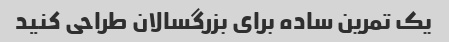
یک تمرین ساده برای بزرگسالان طراحی کنید